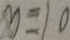
y = 1 0